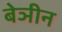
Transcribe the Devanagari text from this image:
बेञीन